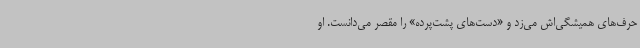
حرف‌های همیشگی‌اش می‌زد و «دست‌های پشت‌پرده» را مقصر می‌دانست. او